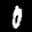
Label: 0